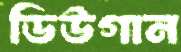
ডিউগান